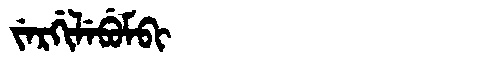
Manchu: ᠵᡝᡵᡤᡳᠯᡝᠪᡠᠮᠪᡳ
Romanization: JERGILEBUMBI